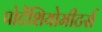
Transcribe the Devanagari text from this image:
पोटेंशियोमीटर्स